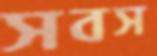
সবস